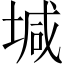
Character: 堿